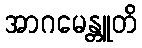
အာဂမေန္တူတိ